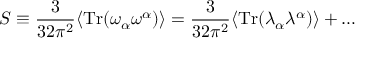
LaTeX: S \equiv \frac { 3 } { 3 2 \pi ^ { 2 } } \langle \mathrm { T r } ( \omega _ { \alpha } \omega ^ { \alpha } ) \rangle = \frac { 3 } { 3 2 \pi ^ { 2 } } \langle \mathrm { T r } ( \lambda _ { \alpha } \lambda ^ { \alpha } ) \rangle + \ldots